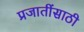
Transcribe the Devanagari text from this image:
प्रजातींसाठी